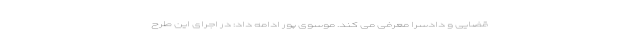
قضایی و دادسرا معرفی می کند. موسوی پور ادامه داد: در اجرای این طرح